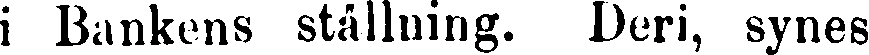
i Bankens ställning. Deri, synes